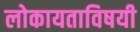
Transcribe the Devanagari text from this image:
लोकायताविषयी